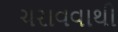
ચરાવવાથી